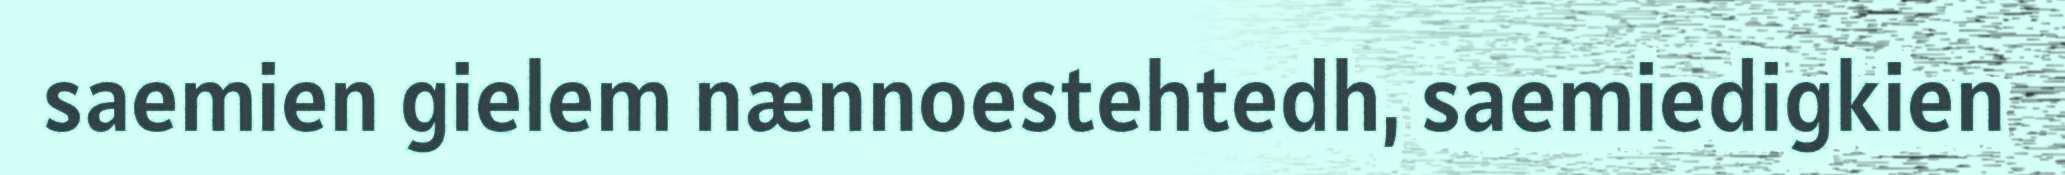
saemien gielem nænnoestehtedh, saemiedigkien